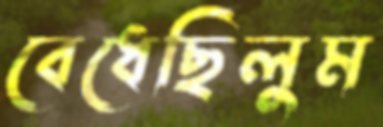
বেধেছিলুম